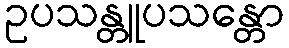
ဥပသန္တူပသန္တော